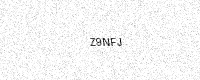
Text: Z9NFJ